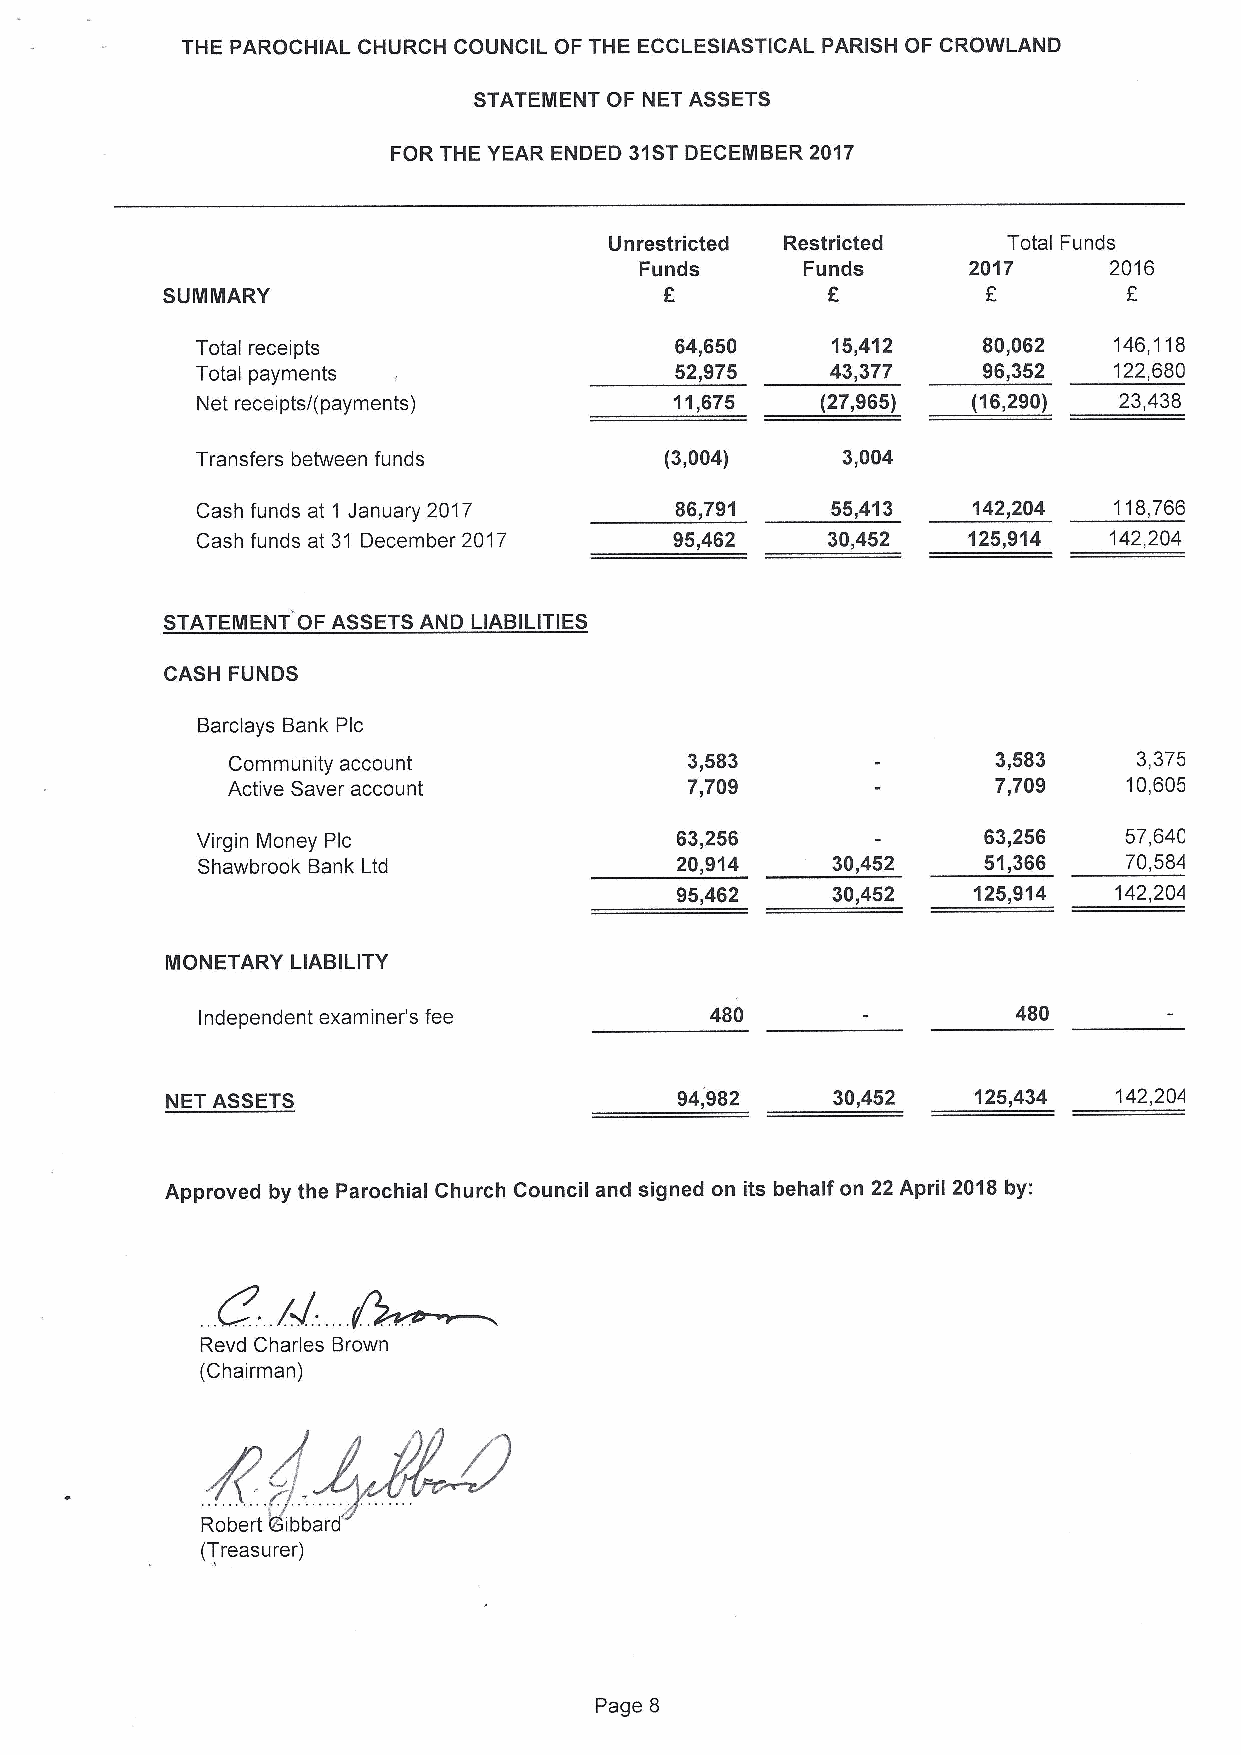
THE PAROCHIAL CHURCH COUNCIL OF THE ECCLESIASTICAL PARISH OF CROWLAND
 STATEMENT OF NET ASSETS
 FOR THE YEAR ENDED 31STDECEMBER 2017
 Unrestricted Restricted    Total Funds
 Funds      Funds      2017     2016
 f
 S UMIMlARY                                                      E
 Total receipts                  64,650    15,412    80,062   146,118
 Total payments                  52,975    43,377    96,352   122,680
 Net receipts/(payments)         11,675   (27,965)  (16,290)  23,438
 Transfers between funds        (3,004)     3,004
 Cash funds at 1 January 2017    86,791    55,413   142,204   118,766
 Cash funds at 31 December 2017  95,462    30,452   125,914  142,204
 STATEMENT OF ASSETSAND LIABILITIES
 CASH FUNDS
 Barclays Bank Plc
 Community account             3,583                3,583    3,375
 Active Saver account          7,709                7,709    10,605
 Virgin Money Plc                63,256              63,256   57,64C
 Shawbrook Bank Ltd              20,914    30,452    51,366   70,584
 95,462    30,452   125,914   142,20LI
 MIONETARY LIABILITY
 Independent examiner's fee        480                 480
 NET ASSETS                        94,982    30,452   125,434   142,204
 Approved by the Parochial Church Council and signed on its behalf on 22 April 2018by:
 Revd Charles Brown
 (Chairman)
 Robert ibbard
 (Treasurer)
 Page 8